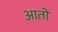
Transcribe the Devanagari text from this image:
आतों